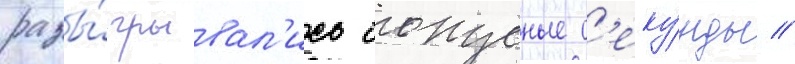
разы́грывал'ись бонусные с'еку́нды //